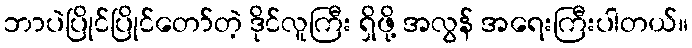
ဘာပဲပြိုင်ပြိုင်တော်တဲ့ ဒိုင်လူကြီး ရှိဖို့ အလွန် အရေးကြီးပါတယ်။